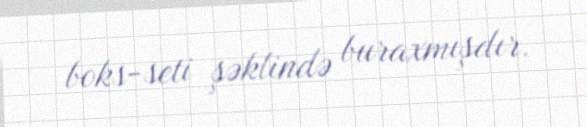
boks-seti şəklində buraxmışdır.